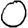
Digit: 0